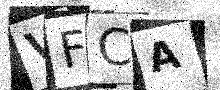
Text: VFCA